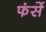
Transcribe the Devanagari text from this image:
फंसें